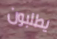
يطلبون